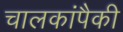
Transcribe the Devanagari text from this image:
चालकांपैकी